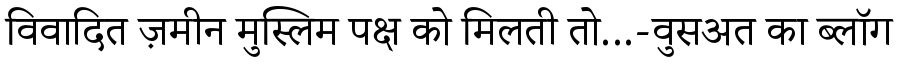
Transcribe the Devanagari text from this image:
विवादित ज़मीन मुस्लिम पक्ष को मिलती तो...-वुसअत का ब्लॉग